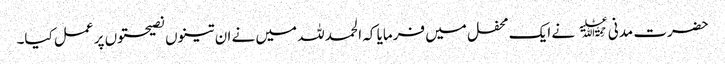
حضرت مدنی﷫ نے ایک محفل میں فرمایا کہ الحمد للہ میں نے ان تینوں نصیحتوں پر عمل کیا۔